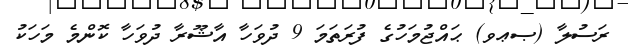
ރަސުލާ (ޞޢވ) ޙައްޖުމަހުގެ ފުރަތަމަ 9 ދުވަހާ އާޝޫރާ ދުވަހާ ކޮންމެ މަހަކު